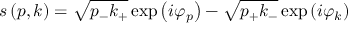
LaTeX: s \left( p , k \right) = \sqrt { p _ { - } k _ { + } } \exp \left( i \varphi _ { p } \right) - \sqrt { p _ { + } k _ { - } } \exp \left( i \varphi _ { k } \right)